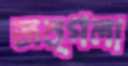
জঙ্গলা